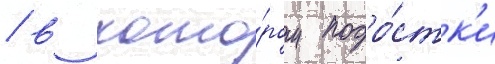
/ в кото́ром подро́стк'и